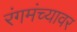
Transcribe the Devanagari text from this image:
रंगमंच्यावर